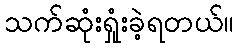
သက်ဆုံးရှုံးခဲ့ရတယ်။